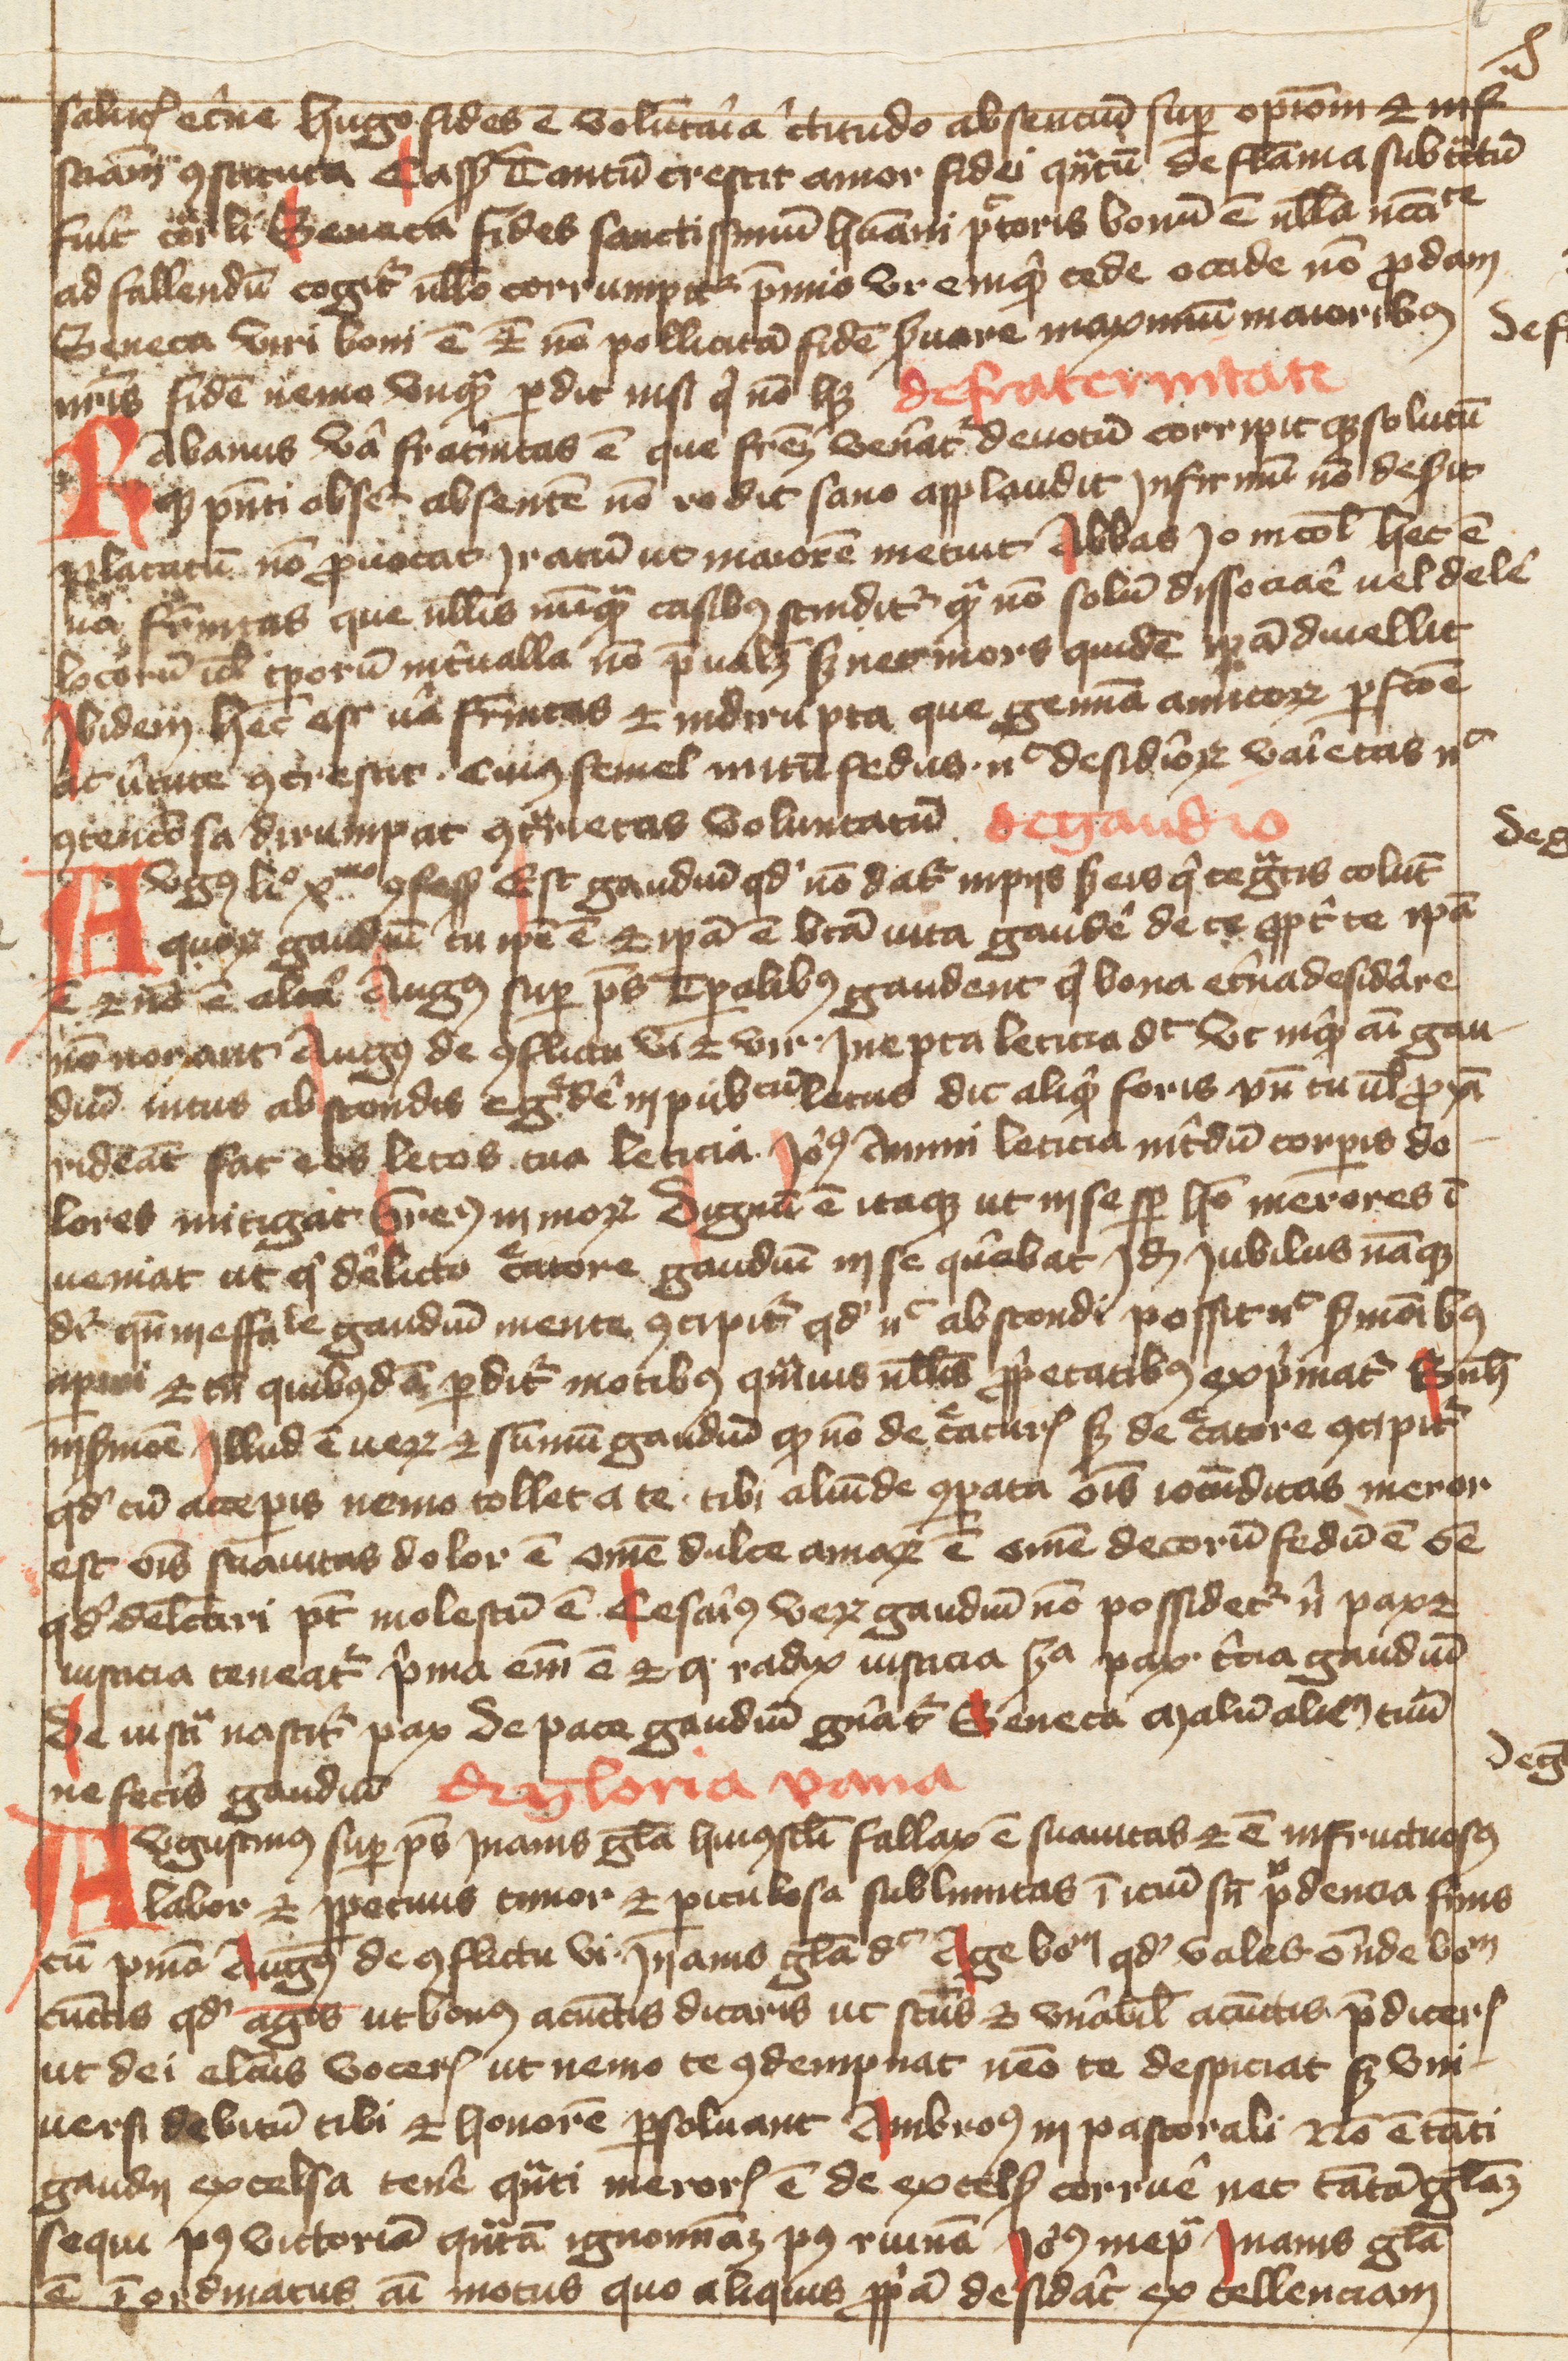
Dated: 1400–1499